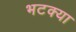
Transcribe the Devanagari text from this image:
भटक्‍या